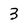
Character: 3